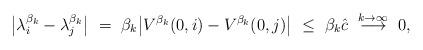
LaTeX: \begin{align*}\big|\lambda_i^{\beta_k} - \lambda_j^{\beta_k}\big| \ = \ \beta_k\big|V^{\beta_k}(0,i) - V^{\beta_k}(0,j)\big| \ \leq \ \beta_k\hat c \ \overset{k\rightarrow\infty}{\longrightarrow} \ 0,\end{align*}